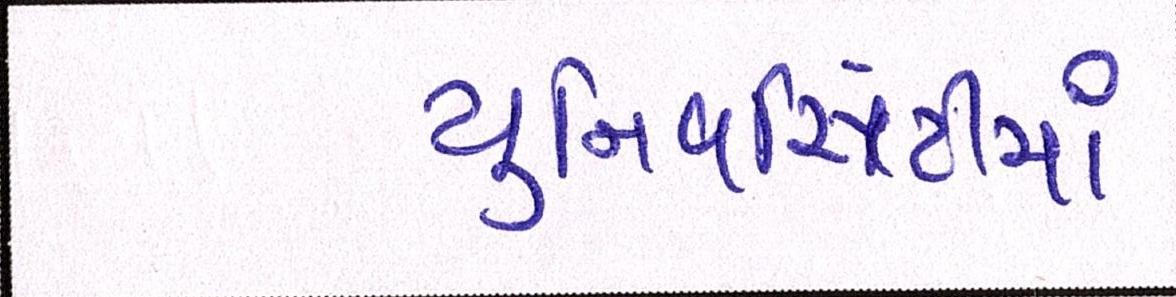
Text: યુનિવર્સિટીમાં